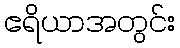
ဧရိယာအတွင်း